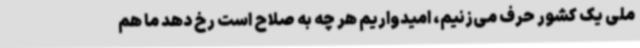
ملی یک کشور حرف می‌زنیم، امیدواریم هر چه به صلاح است رخ دهد ما هم